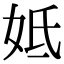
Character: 𡛜